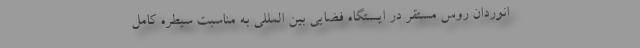
انوردان روس مستقر در ایستگاه فضایی بین المللی به مناسبت سیطره کامل